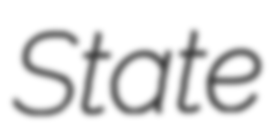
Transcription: State